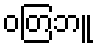
ဝတြဘူ